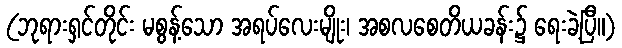
(ဘုရားရှင်တိုင်း မစွန့်သော အရပ်လေးမျိုး၊ အစလစေတိယခန်း၌ ရေးခဲ့ပြီ။)